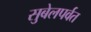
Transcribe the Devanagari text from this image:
सुबेलपर्वत